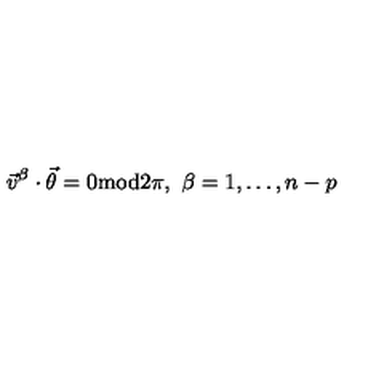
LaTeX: \vec { v } ^ { \beta } \cdot \vec { \theta } = 0 \mathrm { m o d } 2 \pi , \ \beta = 1 , \ldots , n - p